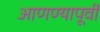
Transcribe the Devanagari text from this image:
आणण्यापूर्वी